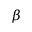
\beta